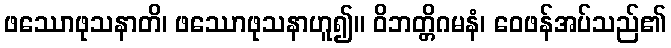
ဖဿောဖုသနာတိ၊ ဖဿောဖုသနာဟူ၍။ ဝိဘတ္တိဂမနံ၊ ဝေဖန်အပ်သည်၏